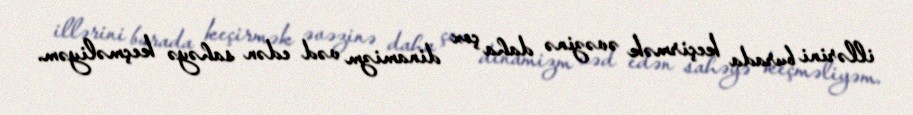
illərini burada keçirmək əvəzinə daha çox dinamizm vəd edən sahəyə keçməliyəm.